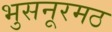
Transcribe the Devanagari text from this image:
भुसनूरमठ